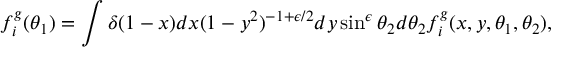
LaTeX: f _ { i } ^ { g } ( \theta _ { 1 } ) = \int \delta ( 1 - x ) d x ( 1 - y ^ { 2 } ) ^ { - 1 + \epsilon / 2 } d y \sin ^ { \epsilon } \theta _ { 2 } d \theta _ { 2 } f _ { i } ^ { g } ( x , y , \theta _ { 1 } , \theta _ { 2 } ) ,